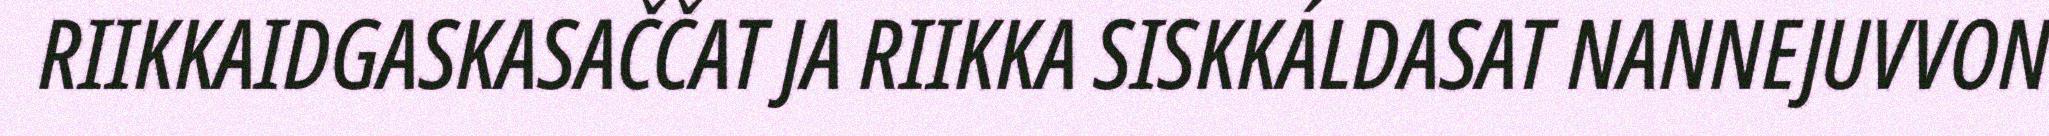
RIIKKAIDGASKASAČČAT JA RIIKKA SISKKÁLDASAT NANNEJUVVON